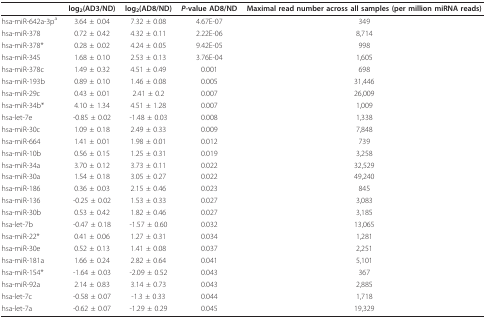
<table><thead><tr><td></td><td><b>log<sub>2</sub>(AD3/ND)</b></td><td><b>log<sub>2</sub>(AD8/ND)</b></td><td><b><i>P</i>-value AD8/ND</b></td><td><b>Maximal read number across all samples (per million miRNA reads)</b></td></tr></thead><tbody><tr><td>hsa-miR-642a-3p<sup>a</sup></td><td>3.64 ± 0.04</td><td>7.32 ± 0.08</td><td>4.67E-07</td><td>349</td></tr><tr><td>hsa-miR-378</td><td>0.72 ± 0.42</td><td>4.32 ± 0.11</td><td>2.22E-06</td><td>8,714</td></tr><tr><td>hsa-miR-378*</td><td>0.28 ± 0.02</td><td>4.24 ± 0.05</td><td>9.42E-05</td><td>998</td></tr><tr><td>hsa-miR-345</td><td>1.68 ± 0.10</td><td>2.53 ± 0.13</td><td>3.76E-04</td><td>1,605</td></tr><tr><td>hsa-miR-378c</td><td>1.49 ± 0.32</td><td>4.51 ± 0.49</td><td>0.001</td><td>698</td></tr><tr><td>hsa-miR-193b</td><td>0.89 ± 0.10</td><td>1.46 ± 0.08</td><td>0.005</td><td>31,446</td></tr><tr><td>hsa-miR-29c</td><td>0.43 ± 0.01</td><td>2.41 ± 0.2</td><td>0.007</td><td>26,009</td></tr><tr><td>hsa-miR-34b*</td><td>4.10 ± 1.34</td><td>4.51 ± 1.28</td><td>0.007</td><td>1,009</td></tr><tr><td>hsa-let-7e</td><td>-0.85 ± 0.02</td><td>-1.48 ± 0.03</td><td>0.008</td><td>1,338</td></tr><tr><td>hsa-miR-30c</td><td>1.09 ± 0.18</td><td>2.49 ± 0.33</td><td>0.009</td><td>7,848</td></tr><tr><td>hsa-miR-664</td><td>1.41 ± 0.01</td><td>1.98 ± 0.01</td><td>0.012</td><td>739</td></tr><tr><td>hsa-miR-10b</td><td>0.56 ± 0.15</td><td>1.25 ± 0.31</td><td>0.019</td><td>3,258</td></tr><tr><td>hsa-miR-34a</td><td>3.70 ± 0.12</td><td>3.73 ± 0.11</td><td>0.022</td><td>32,529</td></tr><tr><td>hsa-miR-30a</td><td>1.54 ± 0.18</td><td>3.05 ± 0.27</td><td>0.022</td><td>49,240</td></tr><tr><td>hsa-miR-186</td><td>0.36 ± 0.03</td><td>2.15 ± 0.46</td><td>0.023</td><td>845</td></tr><tr><td>hsa-miR-136</td><td>-0.25 ± 0.02</td><td>1.53 ± 0.33</td><td>0.027</td><td>3,083</td></tr><tr><td>hsa-miR-30b</td><td>0.53 ± 0.42</td><td>1.82 ± 0.46</td><td>0.027</td><td>3,185</td></tr><tr><td>hsa-let-7b</td><td>-0.47 ± 0.18</td><td>-1.57 ± 0.60</td><td>0.032</td><td>13,065</td></tr><tr><td>hsa-miR-22*</td><td>0.41 ± 0.06</td><td>1.27 ± 0.31</td><td>0.034</td><td>1,281</td></tr><tr><td>hsa-miR-30e</td><td>0.52 ± 0.13</td><td>1.41 ± 0.08</td><td>0.037</td><td>2,251</td></tr><tr><td>hsa-miR-181a</td><td>1.66 ± 0.24</td><td>2.82 ± 0.64</td><td>0.041</td><td>5,101</td></tr><tr><td>hsa-miR-154*</td><td>-1.64 ± 0.03</td><td>-2.09 ± 0.52</td><td>0.043</td><td>367</td></tr><tr><td>hsa-miR-92a</td><td>2.14 ± 0.83</td><td>3.14 ± 0.73</td><td>0.043</td><td>2,885</td></tr><tr><td>hsa-let-7c</td><td>-0.58 ± 0.07</td><td>-1.3 ± 0.33</td><td>0.044</td><td>1,718</td></tr><tr><td>hsa-let-7a</td><td>-0.62 ± 0.07</td><td>-1.29 ± 0.29</td><td>0.045</td><td>19,329</td></tr></tbody></table>